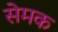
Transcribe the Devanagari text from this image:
सेमक